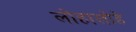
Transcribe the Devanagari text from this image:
लोहालोहे